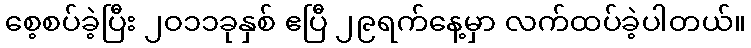
စေ့စပ်ခဲ့ပြီး ၂ဝ၁၁ခုနှစ် ဧပြီ ၂၉ရက်နေ့မှာ လက်ထပ်ခဲ့ပါတယ်။